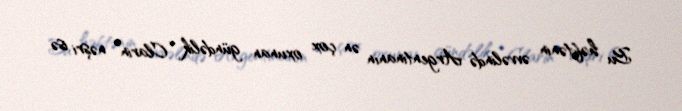
Bu həftənin əvvəlində Argentinanın ən çox oxunan gündəlik “Clarin” nəşri isə